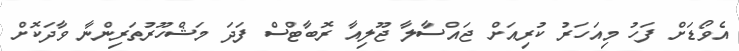
އެވޯޑަށް ފަހު މިއަހަރު ކުރިއަށް ޖައްސާލާ ޖޫލިއާ ރޮބާޓްސް ފަދަ މަޝްހޫރުތަރިންނާ ވާދަކޮށް